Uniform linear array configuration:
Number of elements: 64
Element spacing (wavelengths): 1
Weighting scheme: hann
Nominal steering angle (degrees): -60
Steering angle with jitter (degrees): -61.891
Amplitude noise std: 0.05
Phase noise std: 0.05

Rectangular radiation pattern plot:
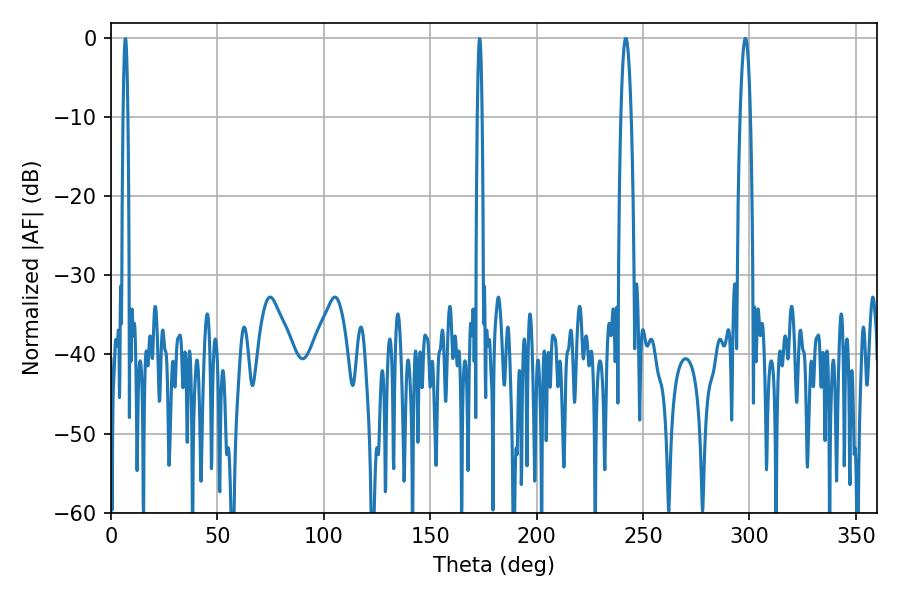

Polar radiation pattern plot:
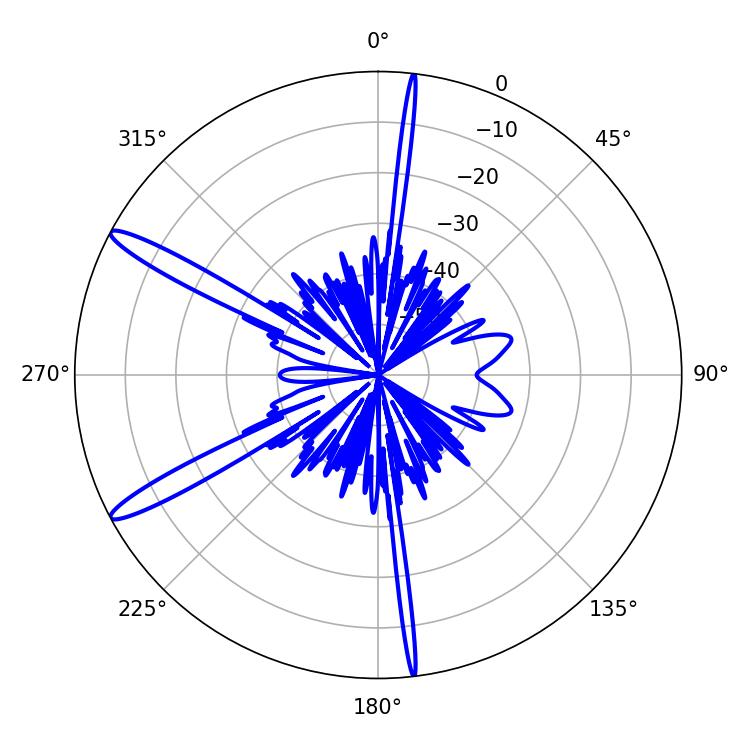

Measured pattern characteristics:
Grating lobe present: TRUE
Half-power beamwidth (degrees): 2.52
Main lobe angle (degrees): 298.08